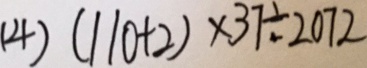
( 4 ) ( 1 1 0 + 2 ) \times 3 7 \div 2 0 7 2